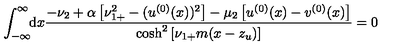
\int _ { - \infty } ^ { \infty } \! \! \mathrm { d } x \frac { - \nu _ { 2 } + \alpha \left[ \nu _ { 1 + } ^ { 2 } - ( u ^ { ( 0 ) } ( x ) ) ^ { 2 } \right] - \mu _ { 2 } \left[ u ^ { ( 0 ) } ( x ) - v ^ { ( 0 ) } ( x ) \right] } { \cosh ^ { 2 } \left[ \nu _ { 1 + } m ( x - z _ { u } ) \right] } = 0